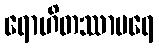
ရောဟိတဿာပရေ